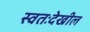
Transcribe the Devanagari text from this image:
स्वतःदेखील